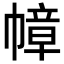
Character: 幛